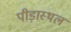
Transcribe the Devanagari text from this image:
पीड़ास्थल